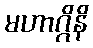
မဟာဂ္ဂိနိ